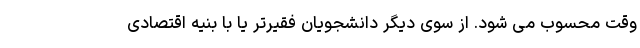
وقت محسوب می شود. از سوی دیگر دانشجویان فقیرتر یا با بُنیه اقتصادی